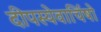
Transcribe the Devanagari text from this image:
दीपस्येवार्चिषो